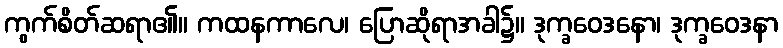
ကွက်စိတ်ဆရာ၏။ ကထနကာလေ၊ ပြောဆိုရာအခါ၌။ ဒုက္ခဝေဒနော၊ ဒုက္ခဝေဒနာ